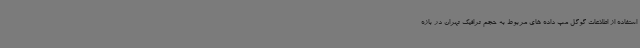
استفاده از اطلاعات گوگل مپ داده های مربوط به حجم ترافیک تهران در بازه